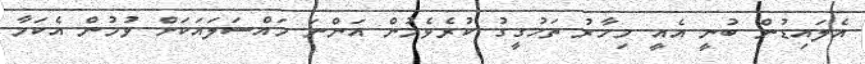
އެލައިޑުން ބުނީ އެއީ މިހާރު ތަހުގީގު ކުރެވެމުން އަންނަ މައްސަލައަކަށް ވުމުން އެކަމާ